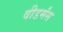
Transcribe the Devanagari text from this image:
वीडर्मंस